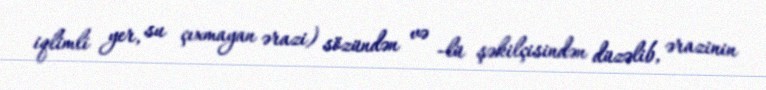
iqlimli yer, su çıxmayan ərazi) sözündən və -lü şəkilçisindən düzəlib, ərazinin